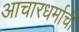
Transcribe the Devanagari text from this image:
आचारधर्माची